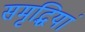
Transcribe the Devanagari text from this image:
समृद्धियां